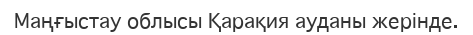
Маңғыстау облысы Қарақия ауданы жерінде.